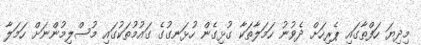
މިދިޔަ ހަފްތާގައި ޕެރިހަށް ދެވުނު ހަމަލާތަކާ ގުޅިގެން ހުޅަނގުގެ ގައުމުތަކުގައި މުސްލިމުންނަށް ހަމަލާ